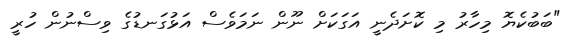
"ބަބުކެޔޮ މިހާރު މި ކޮށަދެނީ އަގަކަށް ނޫން ނަމަވެސް އަޅުގަނޑުގެ ވިސްނުން ހުރީ